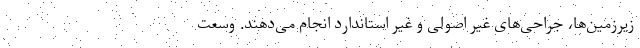
زیرزمین‌ها، جراحی‌های غیر اصولی و غیر استاندارد انجام می‌دهند. وسعت